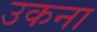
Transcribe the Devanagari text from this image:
उकना